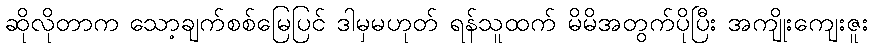
ဆိုလိုတာက သော့ချက်စစ်မြေပြင် ဒါမှမဟုတ် ရန်သူထက် မိမိအတွက်ပိုပြီး အကျိုးကျေးဇူး